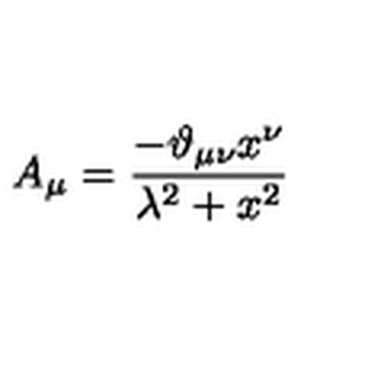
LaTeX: A _ { \mu } = \frac { - \vartheta _ { \mu \nu } x ^ { \nu } } { \lambda ^ { 2 } + x ^ { 2 } }